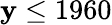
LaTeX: \mathbf{y}\leq1960